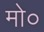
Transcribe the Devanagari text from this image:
मो०